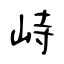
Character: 峙